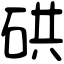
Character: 硔